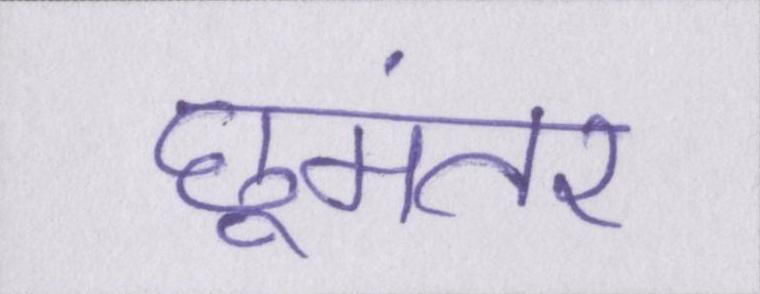
छूमंतर